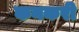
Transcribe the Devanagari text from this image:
कनकरी